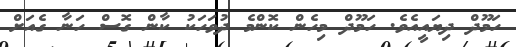
ހަމޫދް ދިޔައީއެވެ. ހަމޫދް މިހެން ކޮންމެ ދުވަަހަކު ކާން ގޮސް ހަނާ ގެއަށް